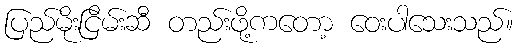
ပြည်မိုးငြိမ်းဆီ တည်းဖို့ကတော့ ဝေးပါသေးသည်။